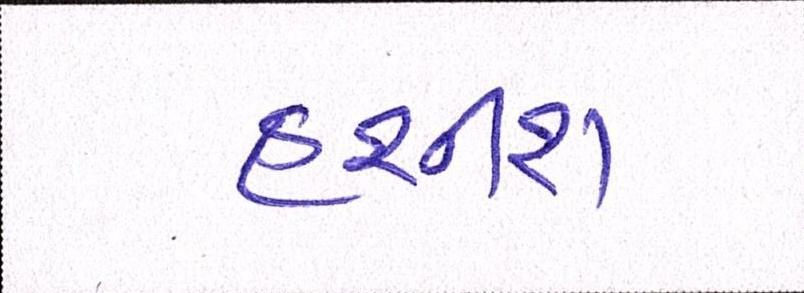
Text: હશીશ